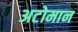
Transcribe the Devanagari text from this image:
अटोमान